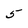
Character: 5